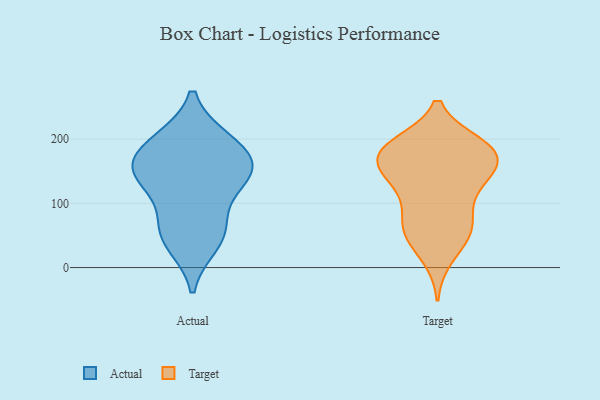
{"axis": {"x": "Churn Rate (%)", "y": "Value"}, "legend": ["Actual", "Target"], "data": [{"x": "", "y": 57, "type": "Actual"}, {"x": "", "y": 135, "type": "Actual"}, {"x": "", "y": 196, "type": "Actual"}, {"x": "", "y": 157, "type": "Actual"}, {"x": "", "y": 135, "type": "Actual"}, {"x": "", "y": 197, "type": "Actual"}, {"x": "", "y": 171, "type": "Actual"}, {"x": "", "y": 148, "type": "Actual"}, {"x": "", "y": 38, "type": "Actual"}, {"x": "", "y": 64, "type": "Actual"}, {"x": "", "y": 82, "type": "Target"}, {"x": "", "y": 133, "type": "Target"}, {"x": "", "y": 17, "type": "Target"}, {"x": "", "y": 148, "type": "Target"}, {"x": "", "y": 186, "type": "Target"}, {"x": "", "y": 56, "type": "Target"}, {"x": "", "y": 184, "type": "Target"}, {"x": "", "y": 53, "type": "Target"}, {"x": "", "y": 133, "type": "Target"}, {"x": "", "y": 170, "type": "Target"}, {"x": "", "y": 124, "type": "Target"}, {"x": "", "y": 74, "type": "Target"}, {"x": "", "y": 191, "type": "Target"}, {"x": "", "y": 181, "type": "Target"}, {"x": "", "y": 174, "type": "Target"}, {"x": "", "y": 158, "type": "Target"}, {"x": "", "y": 54, "type": "Target"}, {"x": "", "y": 189, "type": "Target"}]}